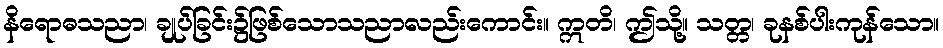
နိရောဓသညာ၊ ချုပ်ခြင်း၌ဖြစ်သောသညာလည်းကောင်း။ ဣတိ၊ ဤသို့။ သတ္တ၊ ခုနစ်ပါးကုန်သော။